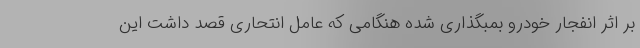
بر اثر انفجار خودرو بمبگذاری شده هنگامی که عامل انتحاری قصد داشت این